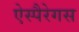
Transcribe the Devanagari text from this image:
ऐस्पैरेगस